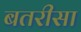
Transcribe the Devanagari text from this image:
बतरीसा